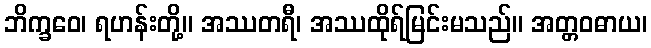
ဘိက္ခဝေ၊ ရဟန်းတို့။ အဿတရီ၊ အဿထိုရ်မြင်းမသည်။ အတ္တဝဓာယ၊